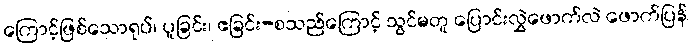
ကြောင့်ဖြစ်သောရုပ်၊ ပူခြင်း၊ ဧခြင်း-စသည်ကြောင့် သွင်မတူ ပြောင်းလွှဲဖောက်လဲ ဖောက်ပြန်